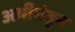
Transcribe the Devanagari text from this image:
अभीमंतृन